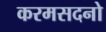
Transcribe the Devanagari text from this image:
करमसदनो